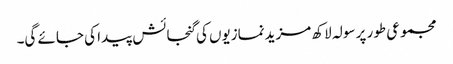
مجموعی طور پر سولہ لاکھ مزیدنمازیوں کی گنجائش پیدا کی جائے گی۔